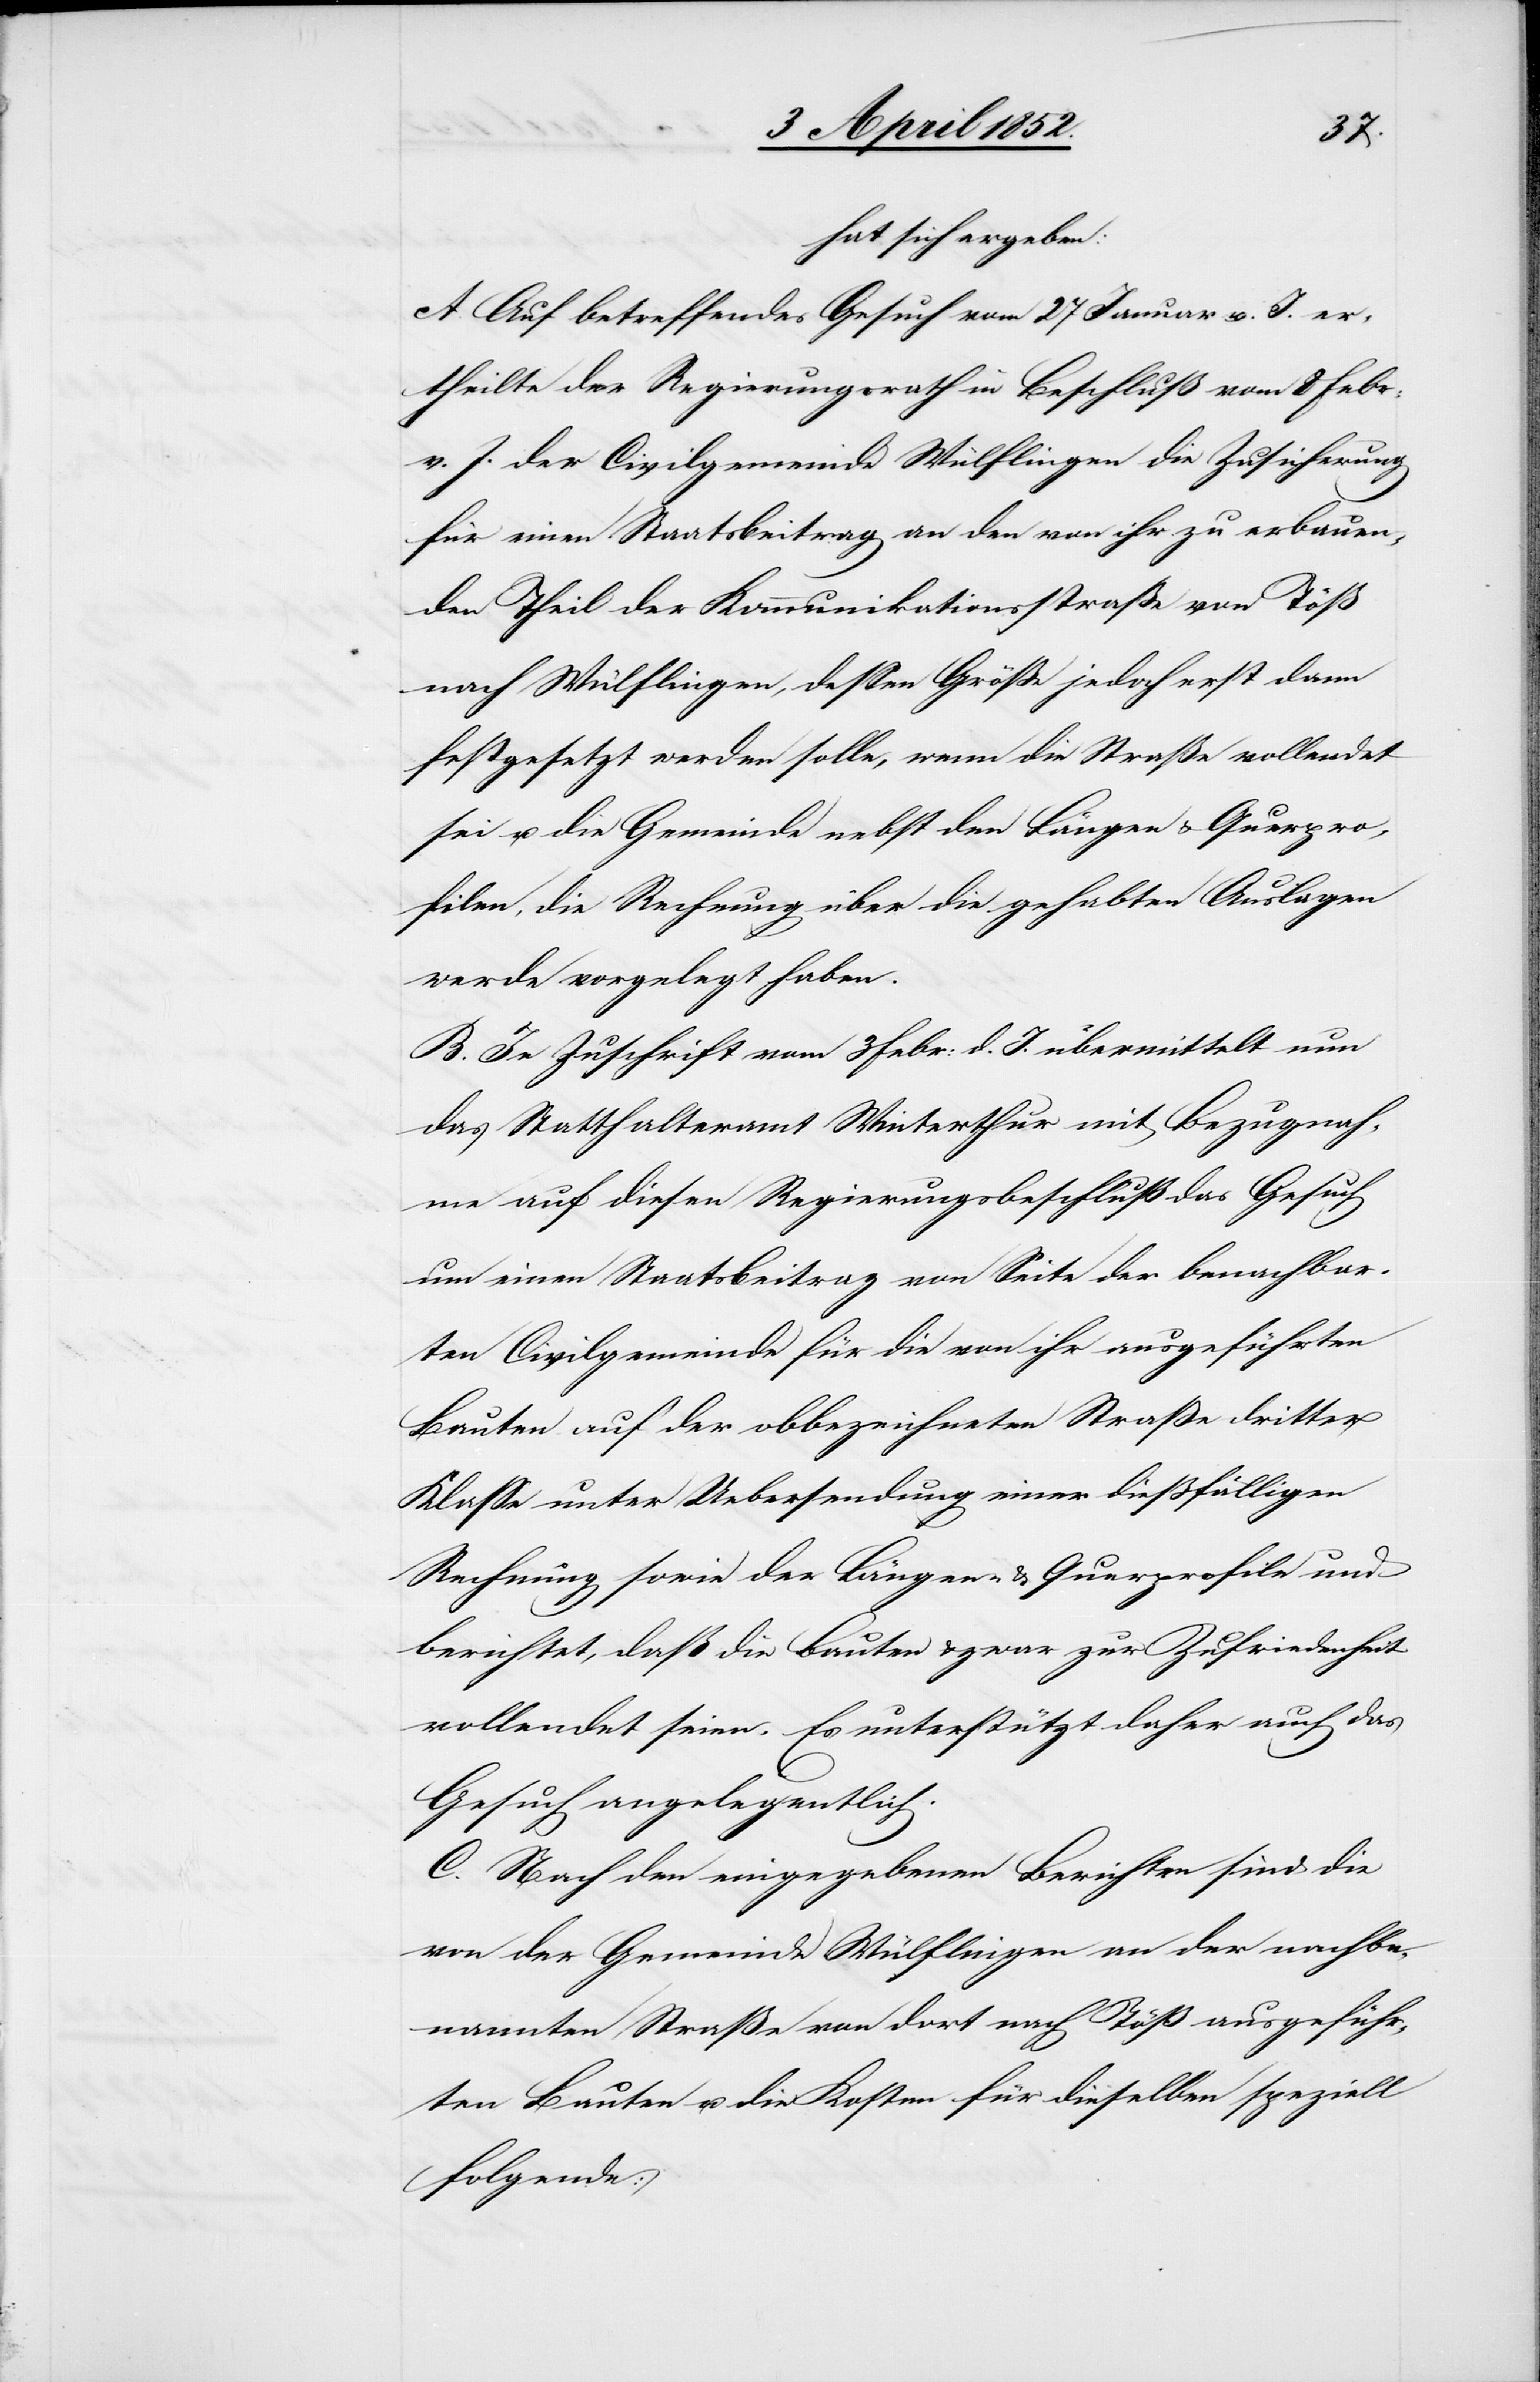
hat sich ergeben:
A. Auf betreffendes Gesuch vom 27 Januar v. J. er¬
theilte der Regierungsrath in Beschluß vom 8 Febr:
v. J. der Civilgemeinde Wülflingen die Zusicherung
für einen Staatsbeitrag an den von ihr zu erbauen¬
den Theil der Kommunikationsstraße von Töß
nach Wülflingen, dessen Größe jedoch erst dann
festgesetzt werden solle, wenn die Straße vollendet
sei u. die Gemeinde nebst den Längen[-] & Querpro¬
filen, die Rechnung über die gehabten Auslagen
werde vorgelegt haben.
B. In Zuschrift vom 3 Febr: d. J. übermittelt nun
das Statthalteramt Winterthur mit Bezugnah¬
me auf diesen Regierungsbeschluß das Gesuch
um einen Staatsbeitrag von Seite der benachbar¬
ten Civilgemeinde für die von ihr ausgeführten
Bauten auf der obbezeichneten Straße dritter
Klasse unter Uebersendung einer dießfälligen
Rechnung sowie der Längen- & Querprofile und
berichtet, daß die Bauten & zwar zur Zufriedenheit
vollendet seien. Es unterstützt daher auch das
Gesuch angelegentlich.
C. Nach den eingegebenen Berichten sind die
von der Gemeinde Wülflingen an der nachbe¬
nannten Straße von dort nach Töß ausgeführ¬
ten Bauten u. die Kosten für dieselben speziell
folgende: